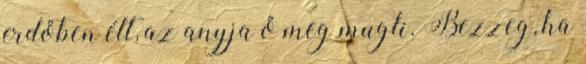
erdőben élt, az anyja ő meg mugli. Bezzeg, ha